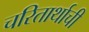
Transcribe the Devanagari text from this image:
चरितार्थाची